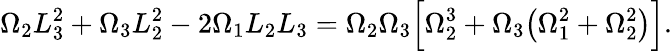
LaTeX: \Omega_{2}L_{3}^{2}+\Omega_{3}L_{2}^{2}-2\Omega_{1}L_{2}L_{3}=\Omega_{2}\Omega_{3}\Big[\Omega_{2}^{3}+\Omega_{3}\big(\Omega_{1}^{2}+\Omega_{2}^{2}\big)\Big].